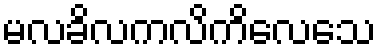
မလခိလကလိကိလေသေ